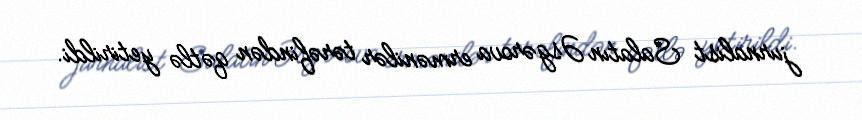
jurnalist Salatın Əsgərova ermənilər tərəfindən qətlə yetirildi.